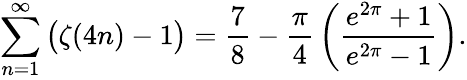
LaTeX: \sum_{n=1}^{\infty}{\bigl(}\zeta(4n)-1{\bigr)}={\frac{7}{8}}-{\frac{\pi}{4}}\left({\frac{e^{2\pi}+1}{e^{2\pi}-1}}\right).